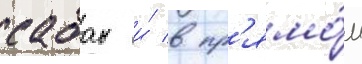
сабан и́ в пр'ямо́м